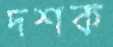
দশক